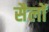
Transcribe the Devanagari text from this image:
सैलों